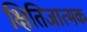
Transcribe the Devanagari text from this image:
क्षितिजात्मक